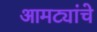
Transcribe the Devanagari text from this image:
आमट्यांचे